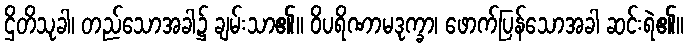
ဌိတိသုခါ၊ တည်သောအခါ၌ ချမ်းသာ၏။ ဝိပရိဏာမဒုက္ခာ၊ ဖောက်ပြန်သောအခါ ဆင်းရဲ၏။